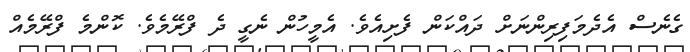
ގެނެސް އެދެމަފިރިންނަށް ދައްކަން ފެށިއެވެ. އެމީހުން ނެގީ ދެ ފްރޭމެވެ. ކޮންމެ ފްރޭމެއް